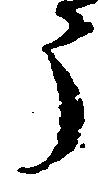
う